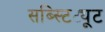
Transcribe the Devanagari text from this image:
सब्स्टिट्यूट